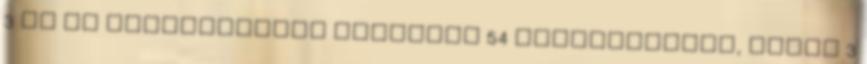
3 db új állásajánlat Összesen 54 állásajánlat, ebből 3